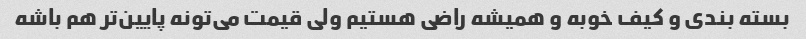
بسته بندی و کیف خوبه و همیشه راضی هستیم ولی قیمت می‌تونه پایین‌تر هم باشه